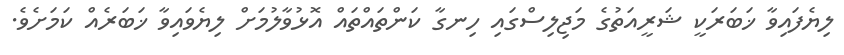
ލިޔެފައިވާ ޚަބަރަކީ ޝަރީއަތުގެ މަޖިލިސްގައި ހިނގާ ކަންތައްތައް އޮޅުވާލުމަށް ލިޔެވައިވާ ޚަބަރެއް ކަމަށެވެ.